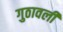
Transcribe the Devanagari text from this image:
गुठावली